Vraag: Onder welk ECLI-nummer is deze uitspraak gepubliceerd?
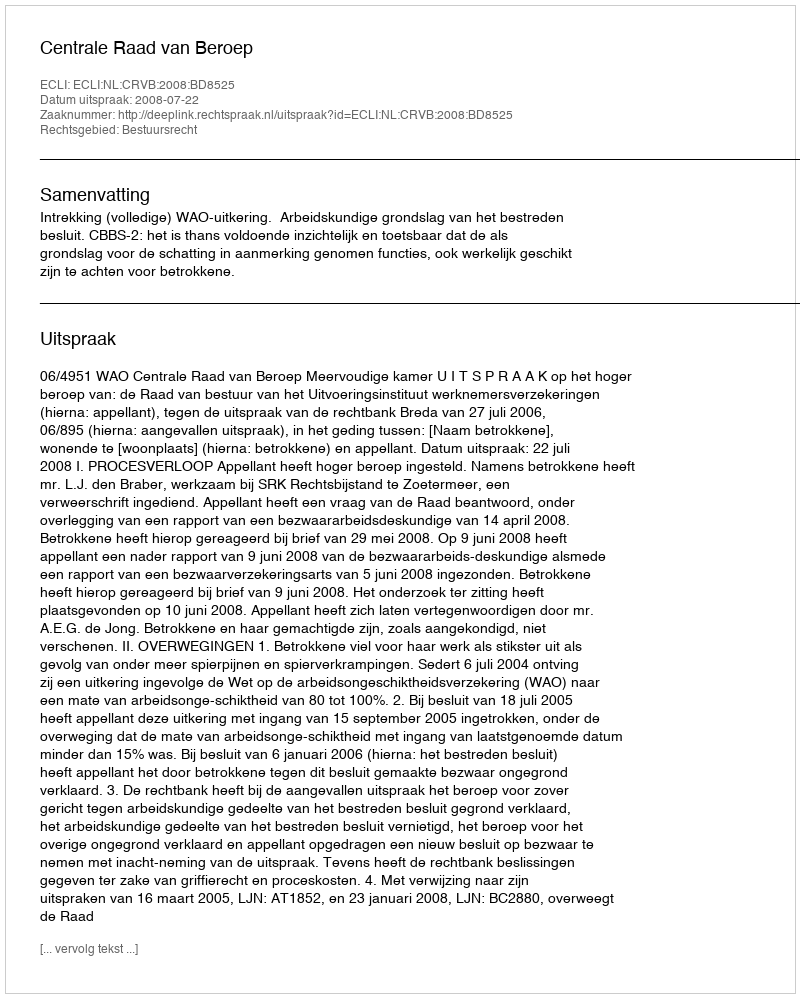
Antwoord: ECLI:NL:CRVB:2008:BD8525